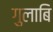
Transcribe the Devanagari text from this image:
गुलाबि